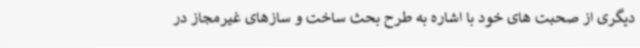
دیگری از صحبت های خود با اشاره به طرح بحث ساخت و سازهای غیرمجاز در